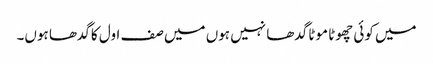
میں کوئی چھوٹا موٹا گدھا نہیں ہوں میں صف اول کا گدھا ہوں۔